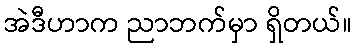
အဲဒီဟာက ညာဘက်မှာ ရှိတယ်။